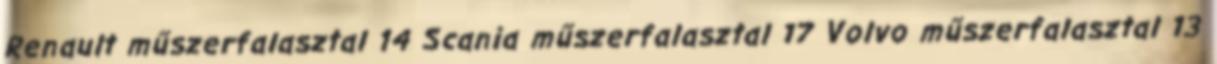
Renault műszerfalasztal 14 Scania műszerfalasztal 17 Volvo műszerfalasztal 13